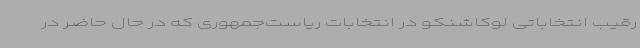
رقیب انتخاباتی لوکاشنکو در انتخابات ریاست‌جمهوری که در حال حاضر در